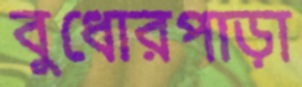
বুধোরপাড়া